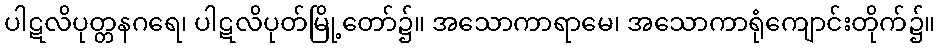
ပါဋလိပုတ္တနဂရေ၊ ပါဋလိပုတ်မြို့တော်၌။ အသောကာရာမေ၊ အသောကာရုံကျောင်းတိုက်၌။